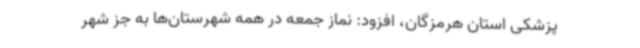
پزشکی استان هرمزگان، افزود: نماز جمعه در همه شهرستان‌ها به جز شهر